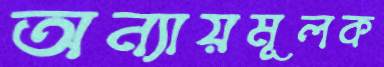
অন্যায়মূলক